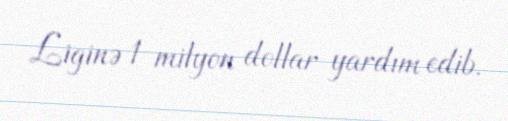
Liginə 1 milyon dollar yardım edib.